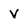
Character: v